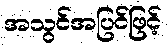
အသွင်အပြင်ဖြင့်